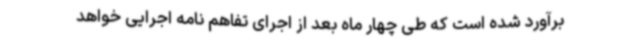
برآورد شده است که طی چهار ماه بعد از اجرای تفاهم نامه اجرایی خواهد